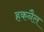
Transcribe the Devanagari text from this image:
हकनैल